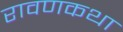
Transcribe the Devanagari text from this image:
रावणकथा